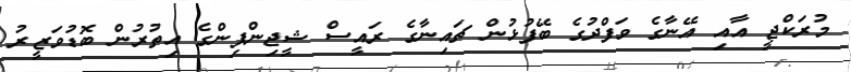
މުރަކްޖީ އާއި އޭނާގެ ވަފްދުގެ ބޭފުޅުން ޗައިނާގެ ރައީސް ޝީޖިންޕިންގެ އިތުރުން ބޮޑުވަޒީރު